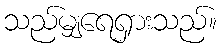
သည်မျှရေရှားသည်။